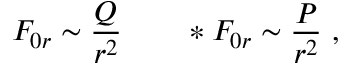
{ \cal F } _ { 0 r } \sim { \frac { Q } { r ^ { 2 } } } \qquad * { \cal F } _ { 0 r } \sim { \frac { P } { r ^ { 2 } } } \ ,